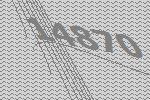
14870